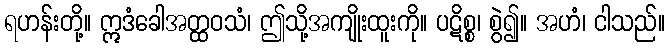
ရဟန်းတို့။ ဣဒံခေါအတ္ထဝသံ၊ ဤသို့အကျိုးထူးကို။ ပဋိစ္စ၊ စွဲ၍။ အဟံ၊ ငါသည်။